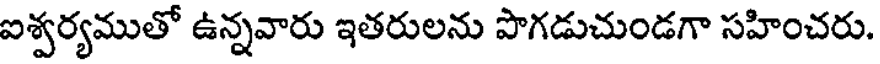
ఐశ్వర్యముతో ఉన్నవారు ఇతరులను పొగడుచుండగా సహించరు.